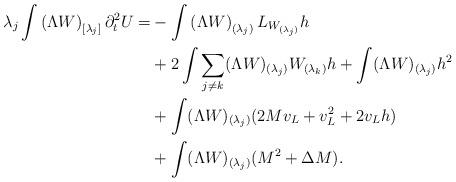
LaTeX: \begin{align*} \lambda_j\int \left( \Lambda W\right)_{[\lambda_j]}\partial_t^2U=&-\int\left( \Lambda W \right)_{(\lambda_j)}L_{W_{(\lambda_j)}}h\\&+2\int \sum_{j\neq k} (\Lambda W)_{(\lambda_j)} W_{(\lambda_k)}h+\int (\Lambda W)_{(\lambda_j)}h^2\\&+\int (\Lambda W)_{(\lambda_j)} (2Mv_L+v_L^2+2v_Lh)\\&+ \int(\Lambda W)_{(\lambda_j)}(M^2+\Delta M). \end{align*}